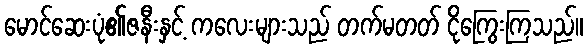
မောင်ဆေးပုံ၏ဇနီးနှင့် ကလေးများသည် တက်မတတ် ငိုကြွေးကြသည်။